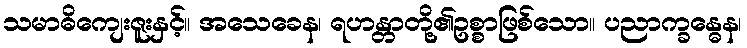
သမာဓိကျေးဇူးနှင့်။ အသေခေန၊ ရဟန္တာတို့၏ဥစ္စာဖြစ်သော။ ပညာက္ခန္ဓေန၊